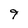
Character: 9